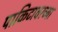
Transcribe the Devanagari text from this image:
पाकिटावरच्या